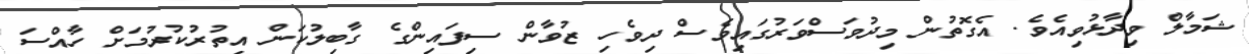
ޝަމާލް ވިދާޅުވިއެވެ. އެގޮތުން މިދުވަސްވަރުގައިވެސް ދިވެހި ޒުވާން ސިފައިންގެ ގާބިލުކަން އިތުރުކުރުމަށް ހާއްސަ